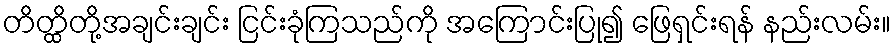
တိတ္ထိတို့အချင်းချင်း ငြင်းခုံကြသည်ကို အကြောင်းပြု၍ ဖြေရှင်းရန် နည်းလမ်း။